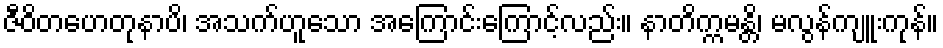
ဇီဝိတဟေတုနာပိ၊ အသက်ဟူသော အကြောင်းကြောင့်လည်း။ နာတိက္ကမန္တိ၊ မလွန်ကျူးကုန်။